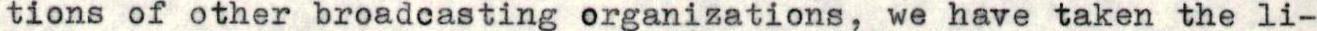
tions of other broadcasting organizations, we have taken the li-